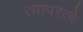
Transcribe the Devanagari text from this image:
त्यापरत्वे